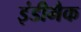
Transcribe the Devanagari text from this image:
इंडीमैक